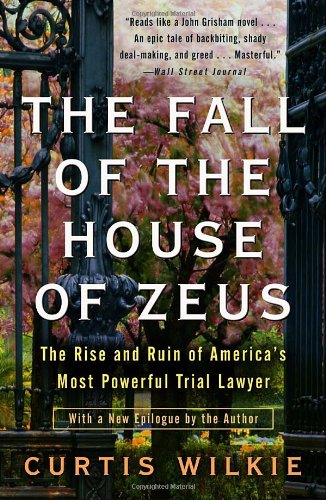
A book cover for The Fall of the House of Zeus: The Rise and Ruin of America's Most Powerful Trial Lawyer; Curtis Wilkie; Law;